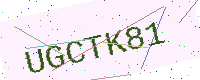
Text: UGCTK81